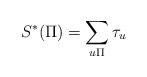
LaTeX: \begin{align*}S^*(\Pi)=\sum\limits_{u\Pi} \tau_u\end{align*}